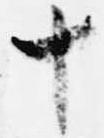
十